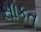
સાકત